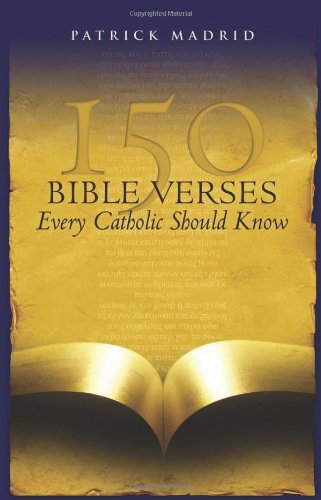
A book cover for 150 Bible Verses Every Catholic Should Know; Patrick Madrid; Christian Books & Bibles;